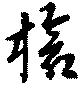
槍